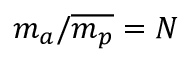
m _ { a } / \overline { { m _ { p } } } = N